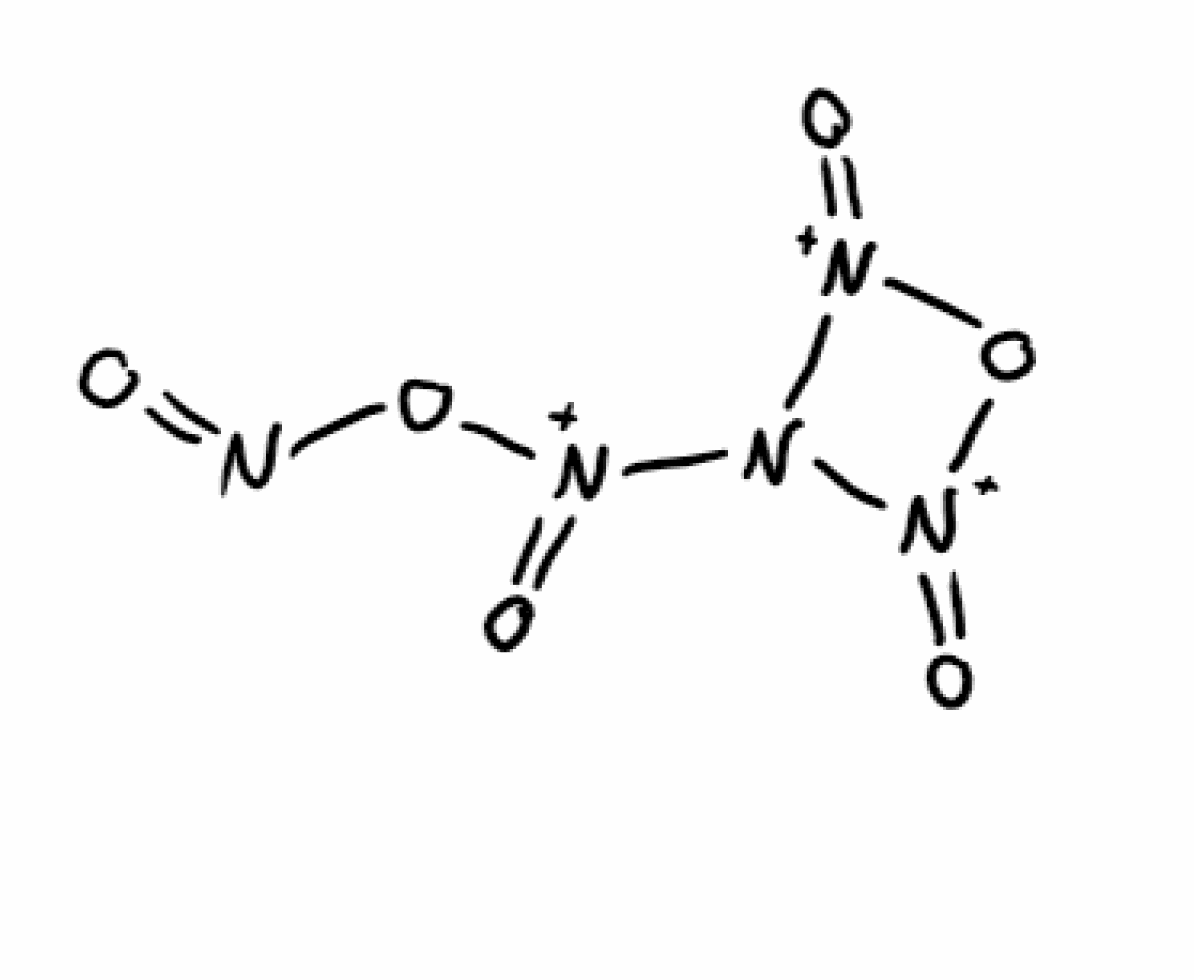
Simplified molecular-input line-entry system (SMILES) notation of the given molecule:
N(=O)O[N+](=O)N1[N+](=O)O[N+]1=O